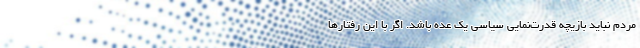
مردم نباید بازیچه قدرت‌نمایی سیاسی یک عده باشد. اگر با این رفتارها